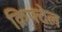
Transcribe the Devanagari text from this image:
क्रिफ्टेल